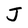
Character: J